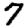
Digit: 7